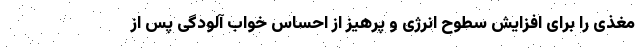
مغذی را برای افزایش سطوح انرژی و پرهیز از احساس خواب آلودگی پس از